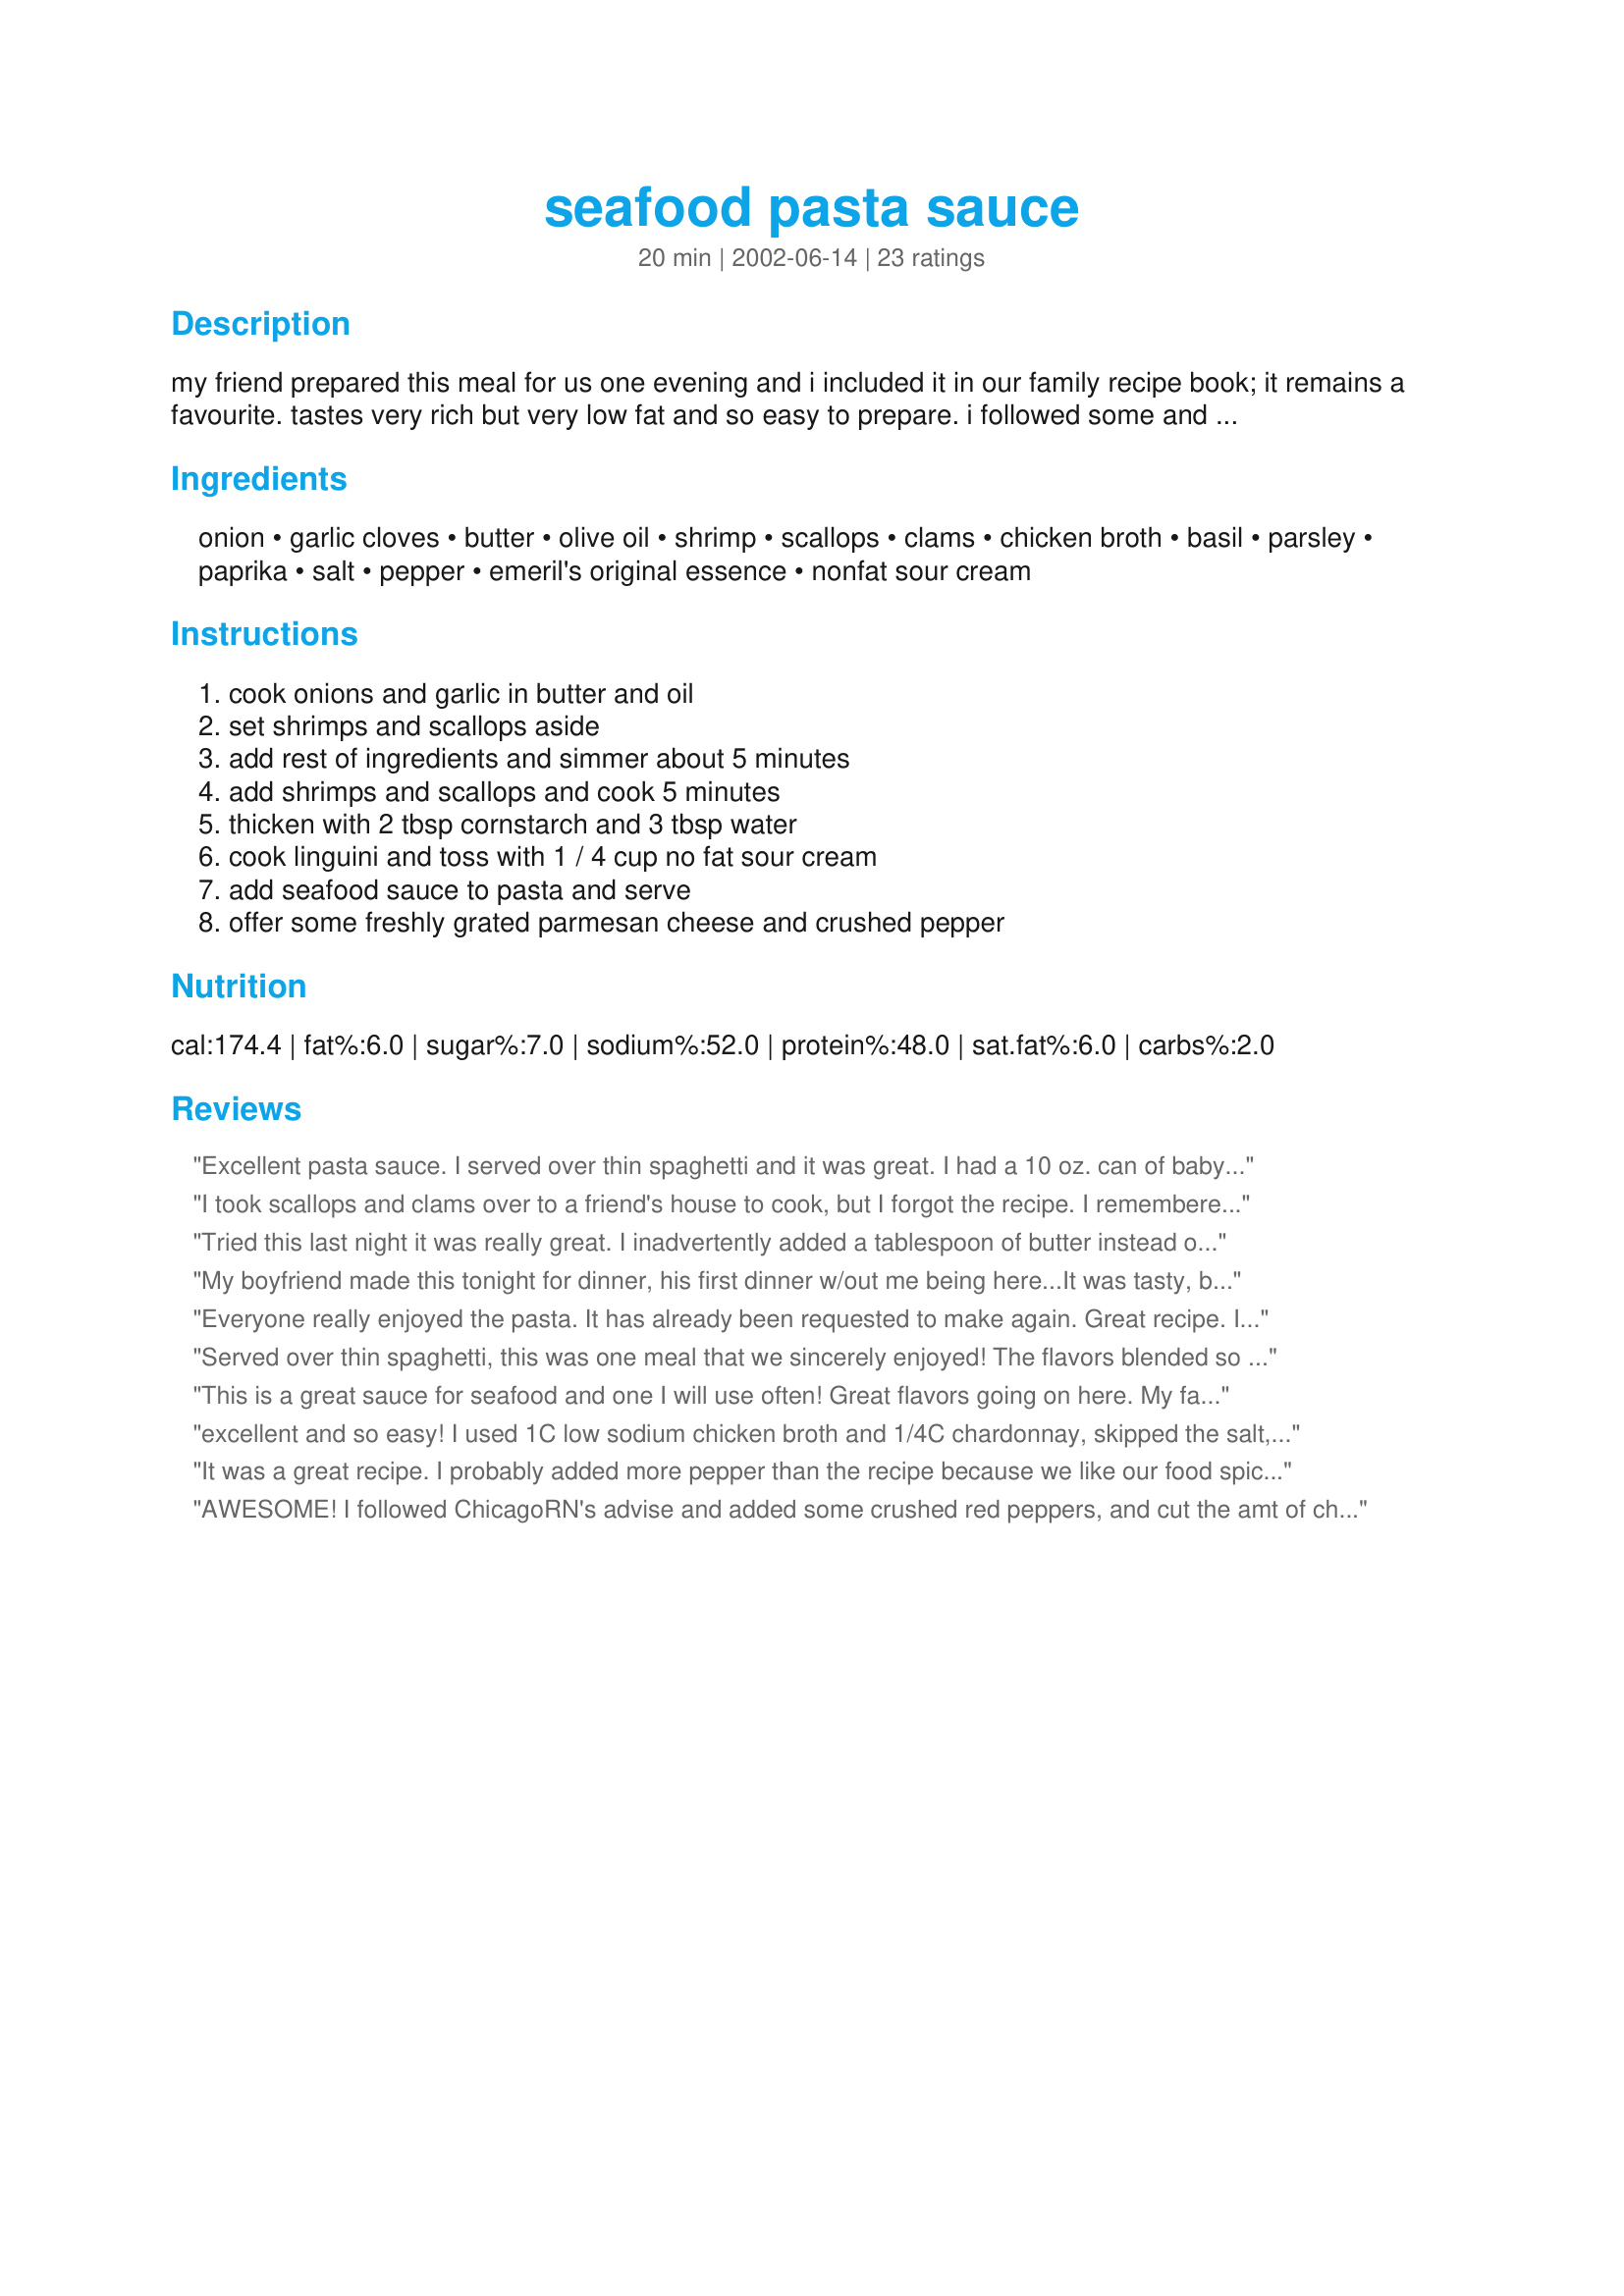
seafood pasta sauce
Preparation time: 20 minutes

my friend prepared this meal for us one evening and i included it in our family recipe book; it remains a favourite. tastes very rich but very low fat and so easy to prepare. i followed some and added the seafood a bit later.

Ingredients:
onion, garlic cloves, butter, olive oil, shrimp, scallops, clams, chicken broth, basil, parsley, paprika, salt, pepper, emeril's original essence, nonfat sour cream

Steps:
cook onions and garlic in butter and oil, set shrimps and scallops aside, add rest of ingredients and simmer about 5 minutes, add shrimps and scallops and cook 5 minutes, thicken with 2 tbsp cornstarch and 3 tbsp water, cook linguini and toss with 1 / 4 cup no fat sour cream, add seafood sauce to pasta and serve, offer some freshly grated parmesan cheese and crushed pepper

Reviews:
Excellent pasta sauce. I served over thin spaghetti and it was great.
I had a 10 oz. can of baby clams, low fat sour cream, fresh basil and parsley. Wonderful flavor and easy to do.
I took scallops and clams over to a friend's house to cook, but I forgot the recipe. I remembered the ingredients, but not the order of cooking. I also used vegetable stock instead of chicken broth. It was very good. It needed the Essense of Emeril or some hot sauce for a little "bam". That was the one detail I forgot.

I have added this to My Cookbook.

Thanks.

Helen
Tried this last night it was really great. I inadvertently added a tablespoon of butter instead of a tsp. Also listened to other reviewers added the seafood late in the process. Used wondra to thicken the sauce and some white wine to stretch the sauce a bit more. Thanks Sage - this is a winner
My boyfriend made this tonight for dinner, his first dinner w/out me being here...It was tasty, but a little runny, I added alot of parmesan cheese when I got home to thicken it up.It's not a very "pretty looking" dish, but it was very good. Next time we might hold up on the chicken broth or the liquid from the clams. Thanks for an easy and delicious recipe.
Everyone really enjoyed the pasta. It has already been requested to make again. Great recipe. I didn't have any Essence of Emeril, but it still turned out great.
Served over thin spaghetti, this was one meal that we sincerely enjoyed! The flavors blended so well together, and it looks like a lot of ingredients, but it goes together easily and tastes so delicious!
This is a great sauce for seafood and one I will use often! Great flavors going on here. My family just about swallowed it whole so they could go for seconds. Good thing I doubled the recipe so we could have leftovers. I served it over linguine noodles with great success!
excellent and so easy! I used 1C low sodium chicken broth and 1/4C chardonnay, skipped the salt, and used chicken broth with the cornstarch to thicken. Tossed the scallops and shrimp in just before thickening the sauce, then added the fresh basil, about 2 Tbsp thinly shredded. Served over whole wheat spaghettini with shredded parm reggiano, a salad and french bread and thanks Sage, you made me look like a star.
It was a great recipe. I probably added more pepper than the recipe because we like our food spicy. I didn't use the water I saved some of the chicken broth to mix with cornstarch to make a roux before adding to the sauce. Thank your for the recipe.
AWESOME! I followed ChicagoRN's advise and added some crushed red peppers, and cut the amt of chicken broth. I have tried to make a low-fat seafood pasta dish that my husband would like and this finally hit the mark! thank you Sage!
Holy cow....Sooooooo good! Hard to believe how low fat this was! I did use low fat sour cream rather than fat free, only because I don't use fat free and didn't want the remainder to go to waste. I increased the garlic, added a few shakes of crushed red peppers, cut the amount of chicken brother to 1 cup and eyeballed all the remaining ingredients. PERFECTION! Even 3 and 5 year old liked this one!
This was delicious..... I was expecting a white sauce due to the sour cream but this was much better.... I took other reviewers advice and drained the clams, I used about 1 1/4 cups broth, and I also added my sour cream directly to the sauce instead of the noodles.... The consistency was absolutely perfect for us.... When poured over the noodles, the sauce soaked right into the noodles and left lots of yummy seafood on top for enjoying..... This is a new favorite..... Made for photo tag.... Thanks for sharing....
My husband loved this! Said is was as good as what you can get in a resturant. I am sure it would have been better if I had fresh seafood, but the frozen kind worked great. I didn't have the canned clams and insead of scallops, I used mussels. I also added a little oregeno, since I also didn't have th Essence of Emeril. I will definitely make this again, but remember if you use frozen mussels, watch out for the broken shells. I bet bits of lobster and fish would have been great too. Two Forks up on this dish!!!
Made this dish for my DH Birthday. My DH thought I chose the perfect dish for his special day. Trust me so easy to make your co will think you spent hours cooking.
Delightful recipe that is not overly complicated. I was intrigued by the idea of mixing low-fat sour cream into hot pasta, but it turned out to be a wonderful way to add a bit of creaminess to the final recipe. I like the hints from other reviewers: don't add shrimp and scallops until just before thickening the sauce. Deglaze pan with a little wine after sauting onion. Enjoy!
I made exactly like the recipe. Remember your dish will only be as good as your seafood is fresh! If it smells fishy then it is fishy. This is an amazing dish and one I can't wait to share with company! Thank you Sage!
Wonderful! I used shrimp and imitation crab, as that's all I had on hand, and it was wonderful! I even forgot about tossing the pasta (angel hair, in my case) with sour cream, but it didn't matter: The end result was a creamy, delicious dish that even my finicky 3-year-old polished off while declaring that I was a "Great cooker!" :) Thank you for a recipe that I'll be sure to make often!
Sage, this is one delicious sauce! followed your recipe except I didn't add the shrimps or scallops until the very last step and then simmered them for 5 minutes I can't get Essence of Emeril, or at least I haven't seen it so I added Denzel"s sauce - it's spicy but worked well Thank-you for a recipe I will enjoy itover and over again
We really liked this - elegant & easy. I did use less liquid. My husband really liked it. My extremely picky son LOVES it! Thanks for a great recipe.
Oh yea, my wife loves it when I make seafood pasta for her. This was very good.
My husband, 16-year-old son and I chowed down on this. I didn't have any shrimp but I did have a can of crab meat, so I dumped that in and it tasted great. Good as leftovers, too. I made up some hush-puppies to serve with it. Yum.
Very good!!! This was easy and sooo good! I left out the onions (we were having guests that don't eat them) and I also added 1/4 wine in exchange for 1/4 of the chicken broth. Also added a little lemon juice. I will def. be making this again
This was incredibly good! Was very easy to prepare, yet impressed everyone with it's restaurant quality. Like another reviewer, I added the scallops and shrimp at the end and simmered for 4-5 minutes. I didn't have Essence. Added a little red pepper flakes. Awesome!
